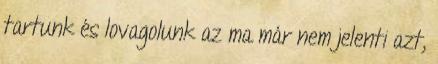
tartunk és lovagolunk az ma már nem jelenti azt,